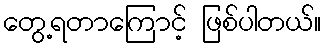
တွေ့ရတာကြောင့် ဖြစ်ပါတယ်။